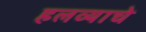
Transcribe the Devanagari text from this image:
हलव्याचे